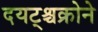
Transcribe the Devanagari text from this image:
दयट्श्चक्रोने